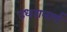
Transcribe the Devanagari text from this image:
उधरानार्थ